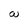
Character: W